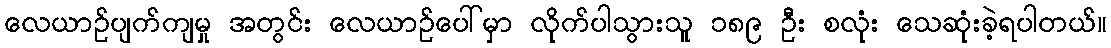
လေယာဉ်ပျက်ကျမှု အတွင်း လေယာဉ်ပေါ်မှာ လိုက်ပါသွားသူ ၁၈၉ ဦး စလုံး သေဆုံးခဲ့ရပါတယ်။